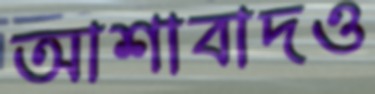
আশাবাদও